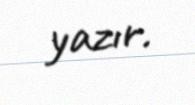
yazır.